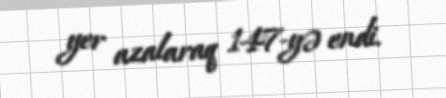
yer azalaraq 147-yə endi.